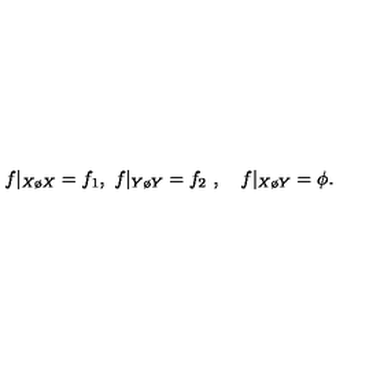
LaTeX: f | _ { X \o X } = f _ { 1 } , \ f | _ { Y \o Y } = f _ { 2 } \ , \quad f | _ { X \o Y } = \phi .